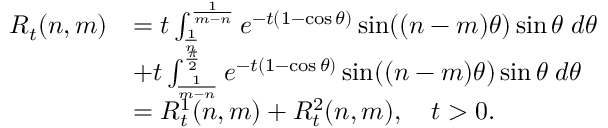
\begin{array} { r l } { R _ { t } ( n , m ) } & { = t \int _ { \frac { 1 } { n } } ^ { \frac { 1 } { m - n } } e ^ { - t ( 1 - \cos \theta ) } \sin ( ( n - m ) \theta ) \sin \theta \; d \theta } \\ & { + t \int _ { \frac { 1 } { m - n } } ^ { \frac { \pi } { 2 } } e ^ { - t ( 1 - \cos \theta ) } \sin ( ( n - m ) \theta ) \sin \theta \; d \theta } \\ & { = R _ { t } ^ { 1 } ( n , m ) + R _ { t } ^ { 2 } ( n , m ) , \quad t > 0 . } \end{array}